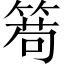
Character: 𥰄